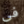
فى